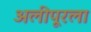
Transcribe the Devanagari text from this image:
अलीपूरला